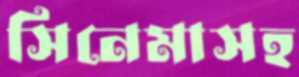
সিনেমাসহ